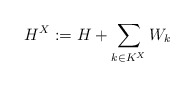
\begin{align*}H^X:=H+\sum_{k\in K^X}W_k \end{align*}